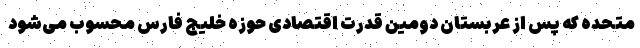
متحده که پس از عربستان دومین قدرت اقتصادی حوزه خلیج فارس محسوب می‌شود